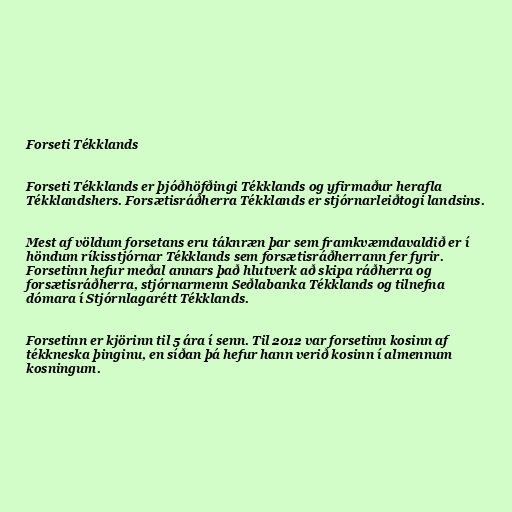
Forseti Tékklands

Forseti Tékklands er þjóðhöfðingi Tékklands og yfirmaður herafla
Tékklandshers. Forsætisráðherra Tékklands er stjórnarleiðtogi landsins.

Mest af völdum forsetans eru táknræn þar sem framkvæmdavaldið er í
höndum ríkisstjórnar Tékklands sem forsætisráðherrann fer fyrir.
Forsetinn hefur meðal annars það hlutverk að skipa ráðherra og
forsætisráðherra, stjórnarmenn Seðlabanka Tékklands og tilnefna
dómara í Stjórnlagarétt Tékklands.

Forsetinn er kjörinn til 5 ára í senn. Til 2012 var forsetinn kosinn af
tékkneska þinginu, en síðan þá hefur hann verið kosinn í almennum
kosningum.